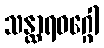
သန္ထာရဝဂ္ဂေါ